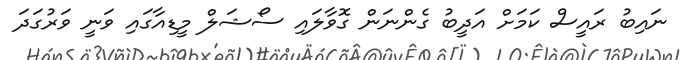
ނައިބު ރައީސް ކަމަށް އަދީބު ގެންނަން ގޮވާލައި ސޯޝަލް މީޑިއާގައި ވަނީ ވަރުގަދަ